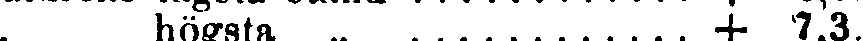
högsta „ . . . . . . . . . . . . . + 7,3.